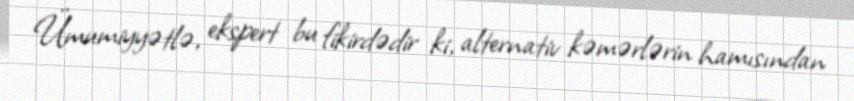
Ümumiyyətlə, ekspert bu fikirdədir ki, alternativ kəmərlərin hamısından